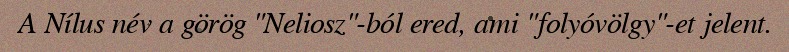
A Nílus név a görög "Neliosz"-ból ered, ami "folyóvölgy"-et jelent.